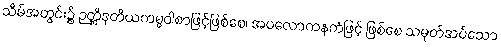
သိမ်အတွင်း၌ ဉတ္တိဒုတိယကမ္မဝါစာဖြင့်ဖြစ်စေ၊ အပလောကနကံဖြင့် ဖြစ်စေ သမုတ်အပ်သော